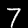
Label: 7